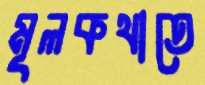
মূলকথাতে